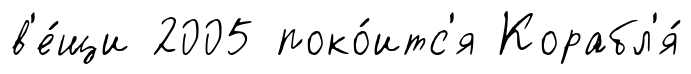
в'е́щи 2005 поко́итс'я Корабл'я́